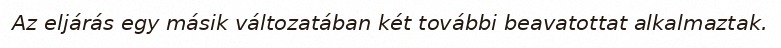
Az eljárás egy másik változatában két további beavatottat alkalmaztak.